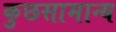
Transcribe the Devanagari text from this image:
कुछसामान्य